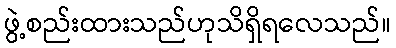
ဖွဲ့စည်းထားသည်ဟုသိရှိရလေသည်။